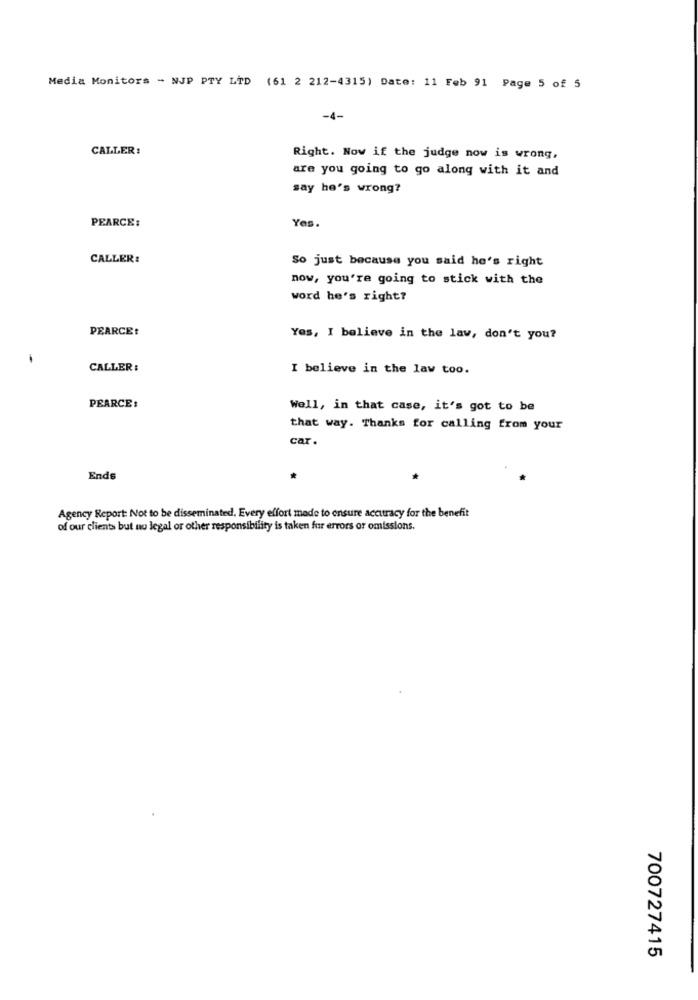
Media Monitors - NJP PTY LTD (61 2 212-4315) Date: 11 Feb 91 Page 5 of 5
-4-
CALLER :
Right. Now if the judge now is wrong,
are you going to go along with it and
say he's wrong?
Yes.
PEARCE:
CALLER:
So just because you said he's right
now, you're going to stick with the
word he's right?
PEARCE:
Yes, I believe in the law, don't you?
CALLER :
I believe in the law too.
PEARCE:
Well, in that case, it's got to be
that way. Thanks for calling from your
car.
Ends
Agency Report: Not to be disseminated, Every effort made to ensure accutracy for the benefit
of our clients but no legal or other responsibility is taken for errors or omissions.
700727415